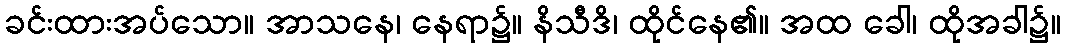
ခင်းထားအပ်သော။ အာသနေ၊ နေရာ၌။ နိသီဒိ၊ ထိုင်နေ၏။ အထ ခေါ၊ ထိုအခါ၌။